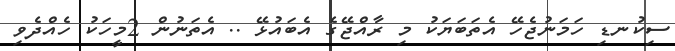
ސިކުނޑި ހަމަނުޖެހޭ އެތަބަޔަކު މި ރާއްޖޭގެ އެބައުޅޭ .. އެތަނުން 2މީހަކު ހެއްދެވި